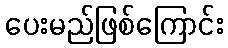
ပေးမည်ဖြစ်ကြောင်း